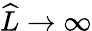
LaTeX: \widehat{L}\to\infty